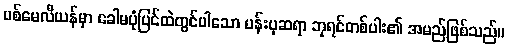
ပစ်မေလီယန်မှာ ခေါမပုံပြင်ထဲတွင်ပါသော ပန်းပုဆရာ ဘုရင်တစ်ပါး၏ အမည်ဖြစ်သည်။